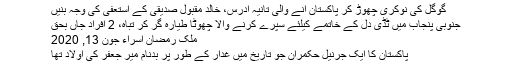
گوگل کی نوکری چھوڑ کر پاکستان آنے والی تانیہ ادرس، خالد مقبول صدیقی کے استعفیٰ کی وجہ بنیں
جنوبی پنجاب میں ٹڈی دل کے خاتمے کیلئے سپرے کرنے والا چھوٹا طیارہ گر کر تباہ، 2 افراد جاں بحق
ملک رمضان اسراء جون 13, 2020
پاکستان کا ایک جرنیل حکمران جو تاریخ میں غدار کے طور پر بدنام میر جعفر کی اولاد تھا